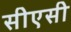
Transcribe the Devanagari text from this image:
सीएसी